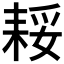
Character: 𮋪